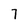
Character: 7